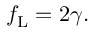
f _ { \mathrm { L } } = 2 \gamma .